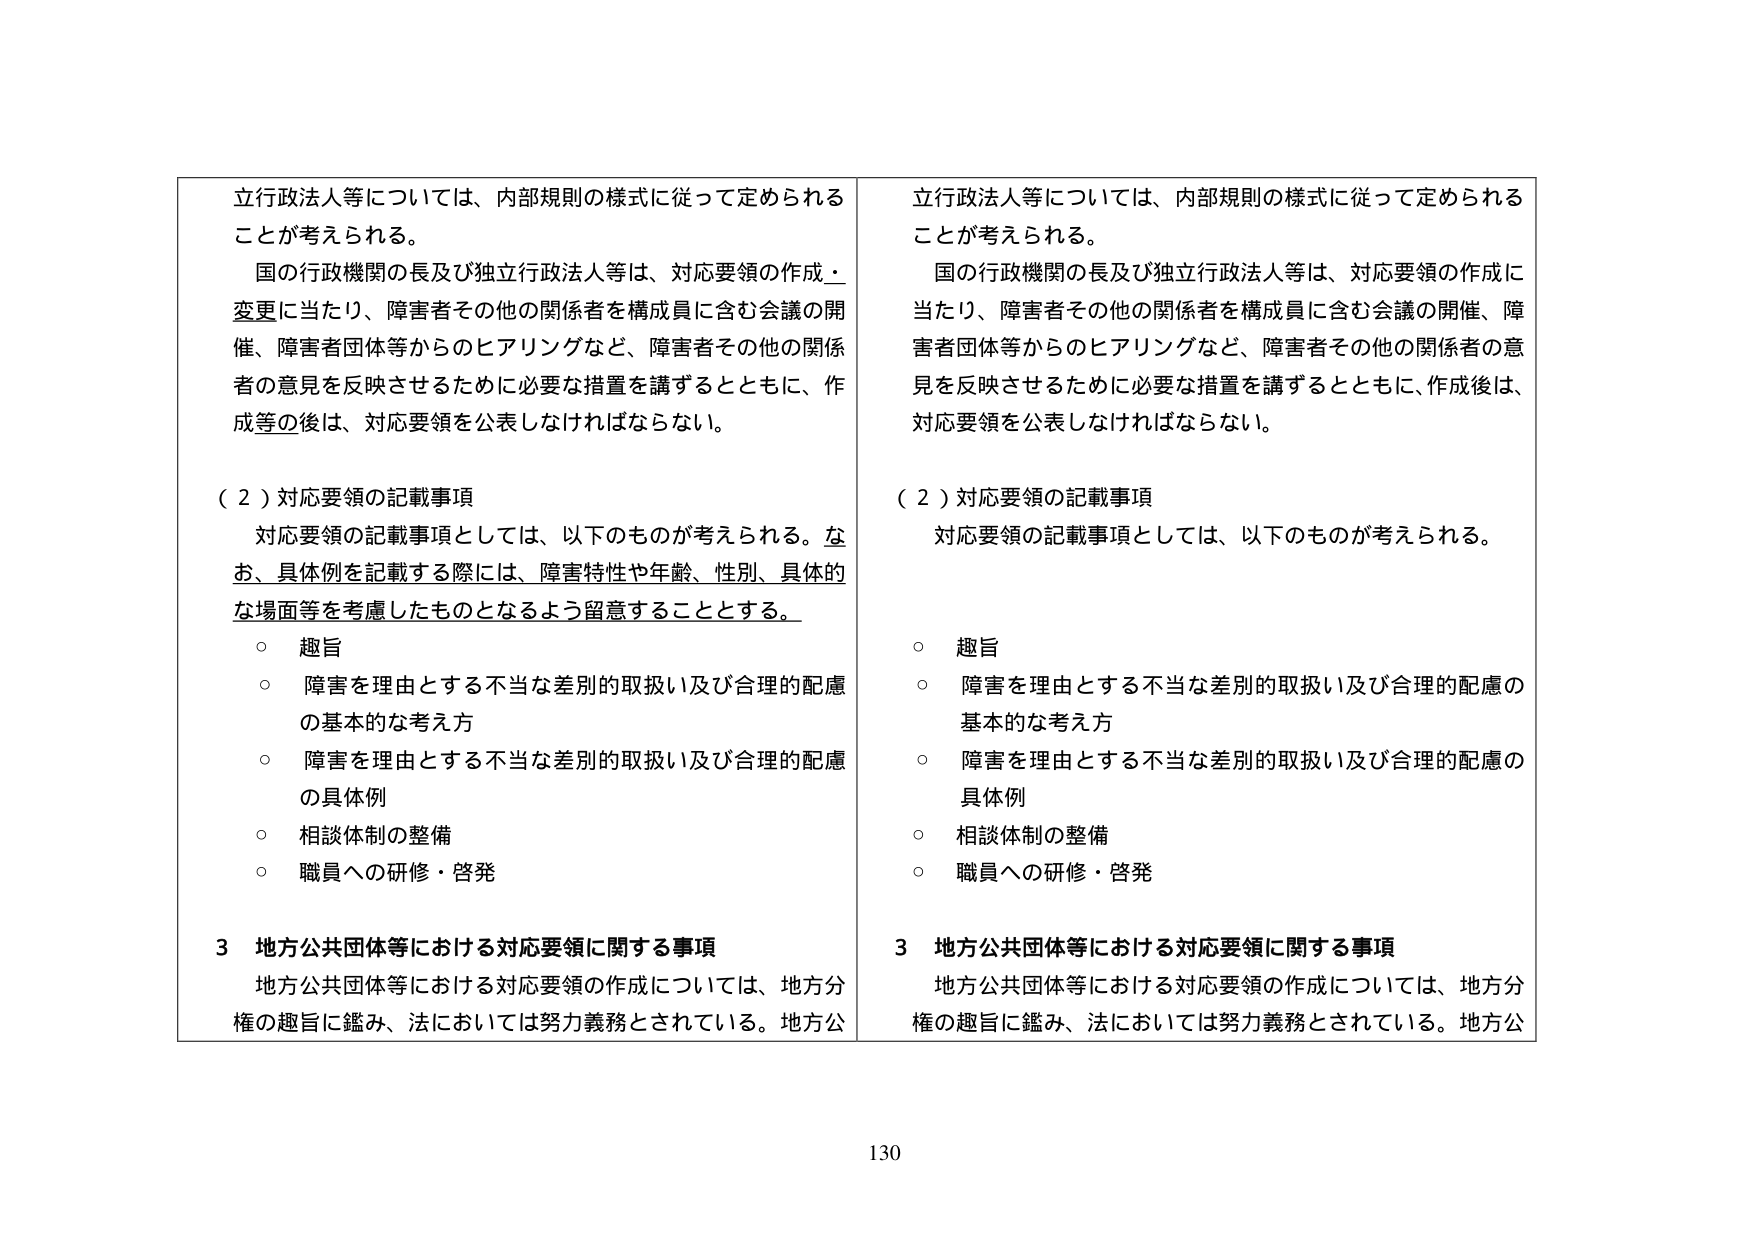
立行政法人等については、内部規則の様式に従って定められることが考えられる。

国の行政機関の長及び独立行政法人等は、対応要領の作成・変更に当たり、障害者その他の関係者を構成員に含む会議の開催、障害者団体等からのヒアリングなど、障害者その他の関係者の意見を反映させるために必要な措置を講ずるとともに、作成等の後は、対応要領を公表しなければならない。

（２）対応要領の記載事項

対応要領の記載事項としては、以下のものが考えられる。なお、具体例を記載する際には、障害特性や年齢、性別、具体的な場面等を考慮したものとなるよう留意することとする。

○ 趣旨
○ 障害を理由とする不当な差別的取扱い及び合理的配慮の基本的な考え方
○ 障害を理由とする不当な差別的取扱い及び合理的配慮の具体例
○ 相談体制の整備
○ 職員への研修・啓発

３ 地方公共団体等における対応要領に関する事項

地方公共団体等における対応要領の作成については、地方分権の趣旨に鑑み、法においては努力義務とされている。地方公

立行政法人等については、内部規則の様式に従って定められることが考えられる。

国の行政機関の長及び独立行政法人等は、対応要領の作成に当たり、障害者その他の関係者を構成員に含む会議の開催、障害者団体等からのヒアリングなど、障害者その他の関係者の意見を反映させるために必要な措置を講ずるとともに、作成後は、対応要領を公表しなければならない。

（２）対応要領の記載事項

対応要領の記載事項としては、以下のものが考えられる。

○ 趣旨
○ 障害を理由とする不当な差別的取扱い及び合理的配慮の基本的な考え方
○ 障害を理由とする不当な差別的取扱い及び合理的配慮の具体例
○ 相談体制の整備
○ 職員への研修・啓発

３ 地方公共団体等における対応要領に関する事項

地方公共団体等における対応要領の作成については、地方分権の趣旨に鑑み、法においては努力義務とされている。地方公

130